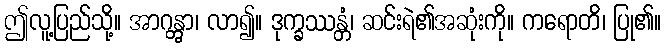
ဤလူ့ပြည်သို့။ အာဂန္တွာ၊ လာ၍။ ဒုက္ခဿန္တံ၊ ဆင်းရဲ၏အဆုံးကို။ ကရောတိ၊ ပြု၏။